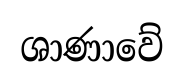
ශාණාවේ